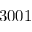
3 0 0 1